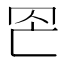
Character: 𦊀